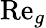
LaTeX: \mathrm{Re}_{g}